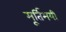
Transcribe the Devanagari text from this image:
मूर्तिमयी